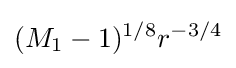
(M_{1}-1)^{1/8}r^{-3/4}